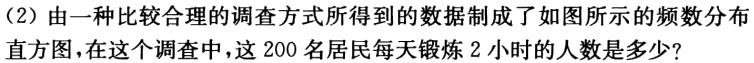
（2）由一种比较合理的调查方式所得到的数据制成了如图所示的频数分布直方图，在这个调查中，这200名居民每天锻炼2小时的人数是多少？